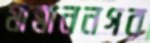
মান্নাননগর